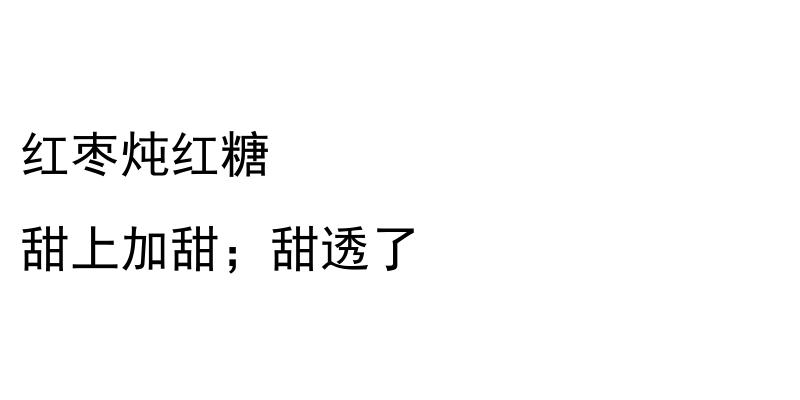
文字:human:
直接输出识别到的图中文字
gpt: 红枣炖红糖 甜上加甜；甜透了